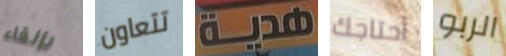
بإلقاء تتعاون هدية أحتاجك الربو